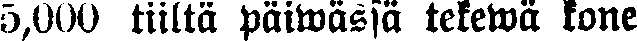
5,000 tiiltä päiwässä tekewä kone